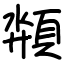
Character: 頮